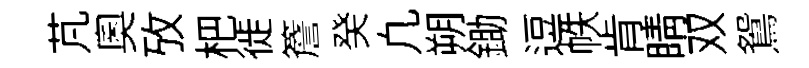
芃奧攷杷徙簷癸凢朔鋤逗帙肯睛双鴛